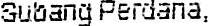
SUBANG PERDANA,